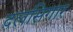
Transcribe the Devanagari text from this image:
दलसिगार